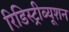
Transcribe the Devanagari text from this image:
रिडिस्ट्रीब्यूशन